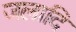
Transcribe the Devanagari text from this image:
जलादि